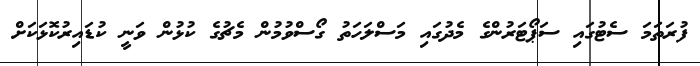
ފުރަތަމަ ސެޓުގައި ސަޕޯޓަރުންގެ މެދުގައި މަސްލަހަތު ގޯސްވުމުން މެޗުގެ ކުޅުން ވަނީ ކުޑައިރުކޮޅަކަށް